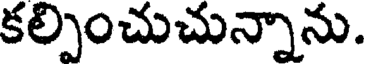
కల్పించుచున్నాను.